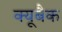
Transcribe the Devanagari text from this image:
क्यूबैक